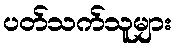
ပတ်သက်သူများ